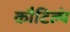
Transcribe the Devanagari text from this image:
कौटिल्यं